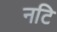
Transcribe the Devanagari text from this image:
नटि